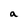
Character: a